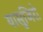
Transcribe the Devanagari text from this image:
यासुजिरो